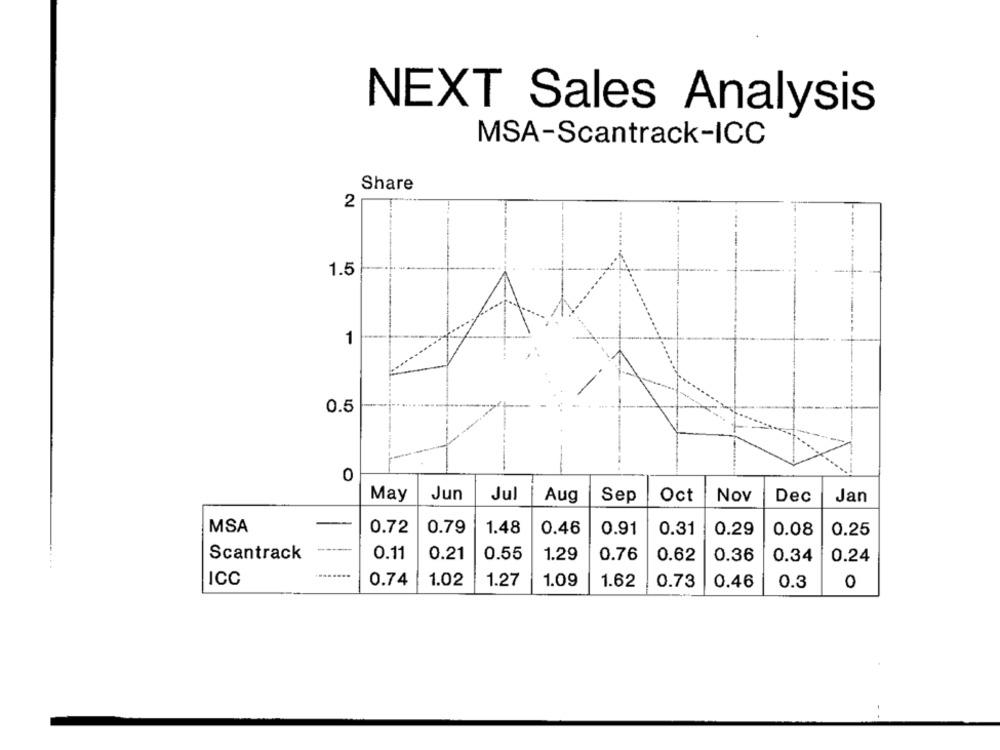
NEXT Sales Analysis
MSA-Scantrack-ICC
Share
2
1.5
1
0.5
0
Jun
May
Jul
Aug
Sep
Oct
Nov
Dec
Jan
MSA
0.72
0.79
1.48
0.46
0.91
0.31
0.29
0.08
0.25
Scantrack
------
0.11
0.21
0.55
1.29
0.76
0.62
0.36
0.34
0.24
ICC
0.74
1.02
1.27
1.09
1.62
0.73
0.46
0.3
0